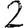
Digit: 2